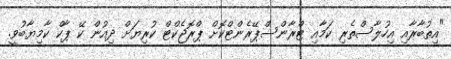
"އިތުބާރާއި އިހުލާސްތެރި ކަމާއި ޓްރާންސްޕޭރެންޓްކޮށް ޕްރޮޖެކްޓް ކުރިޔަށް ދިއުން ކޭ ޕާކް ކާމިޔާބުވީ.